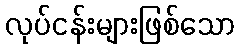
လုပ်ငန်းများဖြစ်သော